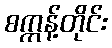
စက္ကန့်တိုင်း